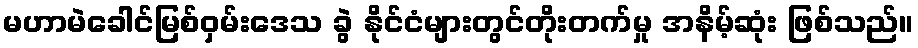
မဟာမဲခေါင်မြစ်ဝှမ်းဒေသ ခွဲ နိုင်ငံများတွင်တိုးတက်မှု အနိမ့်ဆုံး ဖြစ်သည်။